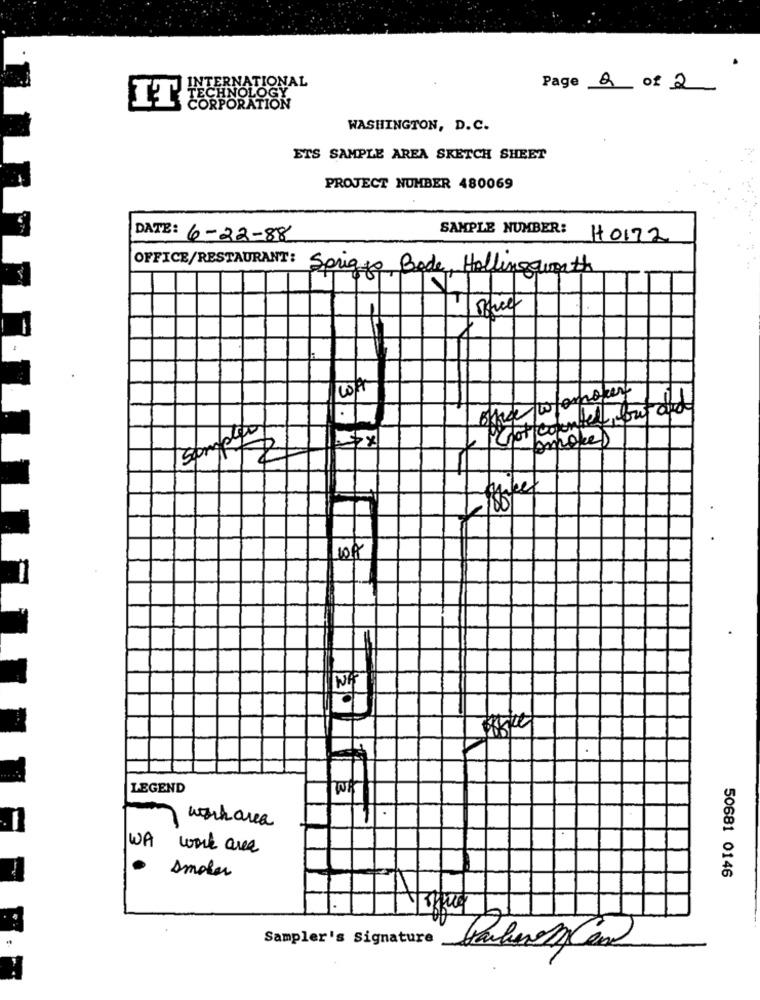
INT
ERNATIONAL
TECHNOLOGY
Page 2 of 2
IT
CORPORATION
WASHINGTON, D.C.
ETS SAMPLE AREA SKETCH SHEET
PROJECT NUMBER 480069
SAMPLE NUMBER:
DATE: 6-22-88
H0122
OFFICE/RESTAURANT:
Sprigjo Bode, Hollingsworth
F
other whompoker
Fat.
Chot counted fout did
10A
LEGEND
work area
11.
WA
work area
smoker
50681 0146
Sampler's Signature